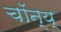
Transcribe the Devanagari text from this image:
चॉन्य्